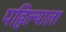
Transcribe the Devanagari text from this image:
पहिल्याला